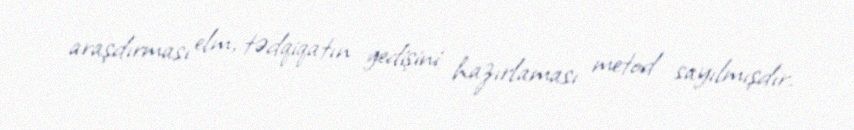
araşdırması elm, tədqiqatın gedişini hazırlaması metod sayılmışdır.